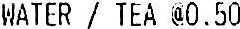
WATER / TEA @0.50